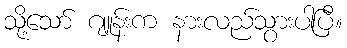
သို့သော် ဂျူန်းက နားလည်သွားပါပြီ။